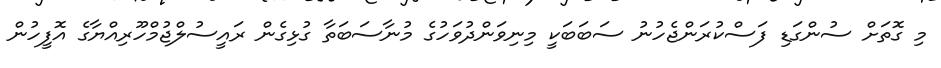
މި ގޮތަށް ސުންގަޑި ފަސްކުރަންޖެހުނު ސަބަބަކީ މިނިވަންދުވަހުގެ މުނާސަބަތާ ގުޅިގެން ރައީސުލްޖުމްހޫރިއްޔާގެ އޮފީހުން